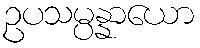
ဥပသမ္ပန္နာယော